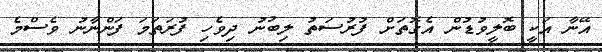
އޭނާ އަކީ ބޮލީވުޑުން އެގޮތަށް ފުރުސަތު ލިބުނު ދިވެހި ފުރަތަމަ ފަންނާނު ވެސްމެ